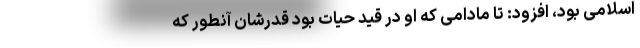
اسلامی بود، افزود: تا مادامی که او در قید حیات بود قدرشان آنطور که